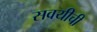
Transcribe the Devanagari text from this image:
सवयीची